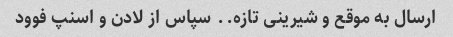
ارسال به موقع و شیرینی تازه.. سپاس از لادن و اسنپ فوود